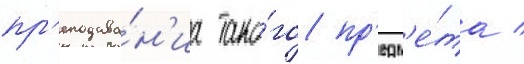
пр'еподава́н'иа тако́го пр'едм'е́та /